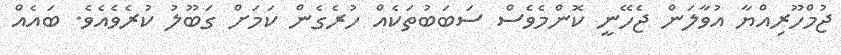
ޖުމްހޫރިއްޔާ އުވާލަން ޖެހޭނީ ކޮންމެވެސް ސަބަބުތަކެއް ހުރެގެން ކަމަށް ގަބޫލު ކުރެވެއެވެ. ބައެއް